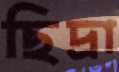
ছিদ্রা